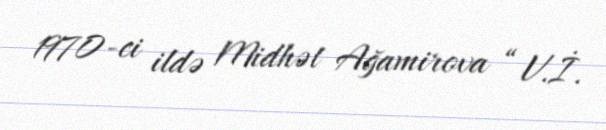
1970-ci ildə Midhət Ağamirova “ V.İ.